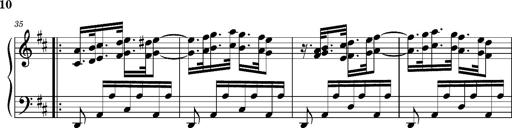
Title: Ungarischer Romanzero
Composer: Franz Liszt